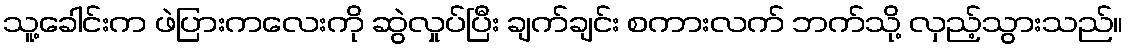
သူ့ခေါင်းက ဖဲပြားကလေးကို ဆွဲလှုပ်ပြီး ချက်ချင်း စကားလက် ဘက်သို့ လှည့်သွားသည်။